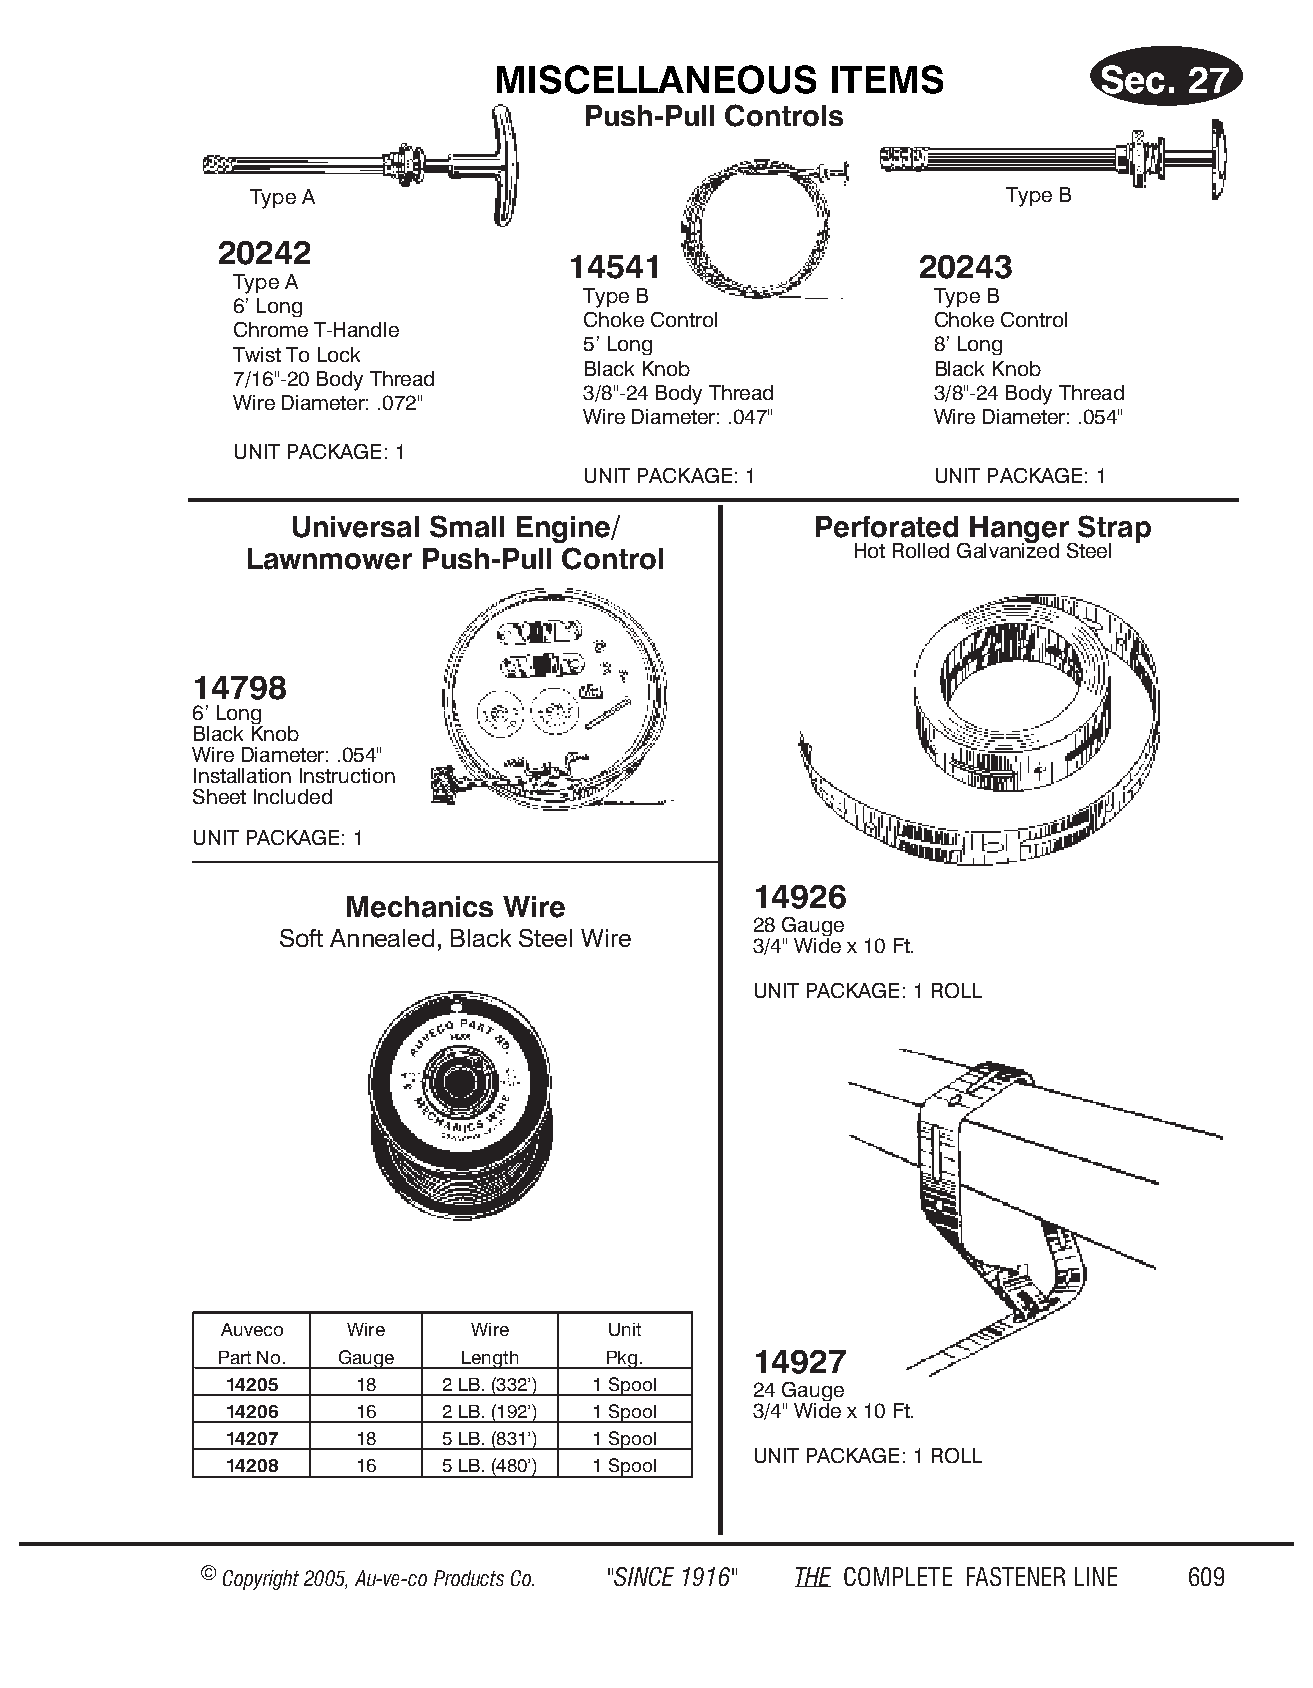
MIS CEL  LA  NEOUS    ITEMS             Sec.  27
 Push-Pull Cont rols
 Type A                                            Type B
 20242
 14541                  20243
 Type A
 Type B                 Type B
 6’ Long
 Choke Control          Choke Control
 Chrome T-Handle
 5’ Long                8’ Long
 Twist To Lock
 Black Knob             Black Knob
 7/16"-20 Body Thread
 3/8"-24 Body Thread    3/8"-24 Body Thread
 Wire Diameter: .072"
 Wire Diameter: .047"   Wire Diameter: .054"
 UNIT PACKAGE: 1
 UNIT PACKAGE: 1        UNIT PACKAGE: 1
 Universal Small Engine/            Perforated Hanger Strap
 Lawnmower  Push-Pull Control            Hot Rolled Gal va nized Steel
 14798
 6’ Long
 Black Knob
 Wire Di am e ter: .054"
 In stal la tion In struc tion
 Sheet Inc luded
 UNIT PACK AGE: 1
 14926
 Mechanics  Wire
 28 Gauge
 Soft An nealed, Black Steel Wire
 3/4" Wide x 10 Ft.
 UNIT PACK AGE: 1 ROLL
 Auveco  Wire    Wire     Unit
 Part No. Gauge  Length   Pkg.      14927
 14205    18    2 LB. (332’) 1 Spool 24 Gauge
 14206    16    2 LB. (192’) 1 Spool 3/4" Wide x 10 Ft.
 14207    18    5 LB. (831’) 1 Spool
 UNIT PACK AGE: 1 ROLL
 14208    16    5 LB. (480’) 1 Spool
 © Copyr ight 2005, Au-ve-co Produ cts Co. "SINCE 1916" THE COM PLETE FAST ENER LINE 609